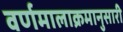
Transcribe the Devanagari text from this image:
वर्णमालाक्रमानुसारी